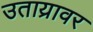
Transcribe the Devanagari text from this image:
उताय्रावर